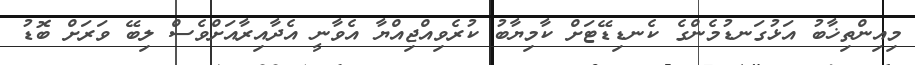
މިއިންތިޚާބު އަޅުގަނޑުމެންގެ ކެނޑިޑޭޓަށް ކާމިޔާބު ކުރެވިއްޖިއްޔާ އެވާނީ އެދާއިރާއަށްވެސް ލިބޭ ވަރަށް ބޮޑު